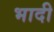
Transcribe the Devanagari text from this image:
भादी